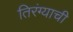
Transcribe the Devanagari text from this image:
तिरंग्याची